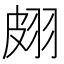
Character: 𦐢